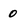
Character: 0